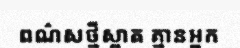
ពណ៌សថ្មីស្អាត គ្មានអ្នក